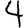
Digit: 4